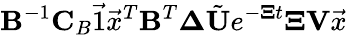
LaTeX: \mathbf{B}^{-1}\mathbf{C}_{B}\vec{1}\vec{x}^{T}\mathbf{B}^{T}\mathbf{\Delta}\tilde{\mathbf{U}}e^{-\mathbf{\Xi}t}\mathbf{\Xi}\mathbf{V}\vec{x}